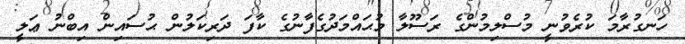
ހަނގުރާމަ ކުރެވުނީ މުސްލިމުންގެ ރަސޫލާ މުޙައްމަދުގެފާނުގެ ކާފަ ދަރިކަލުން ޙުސައިން އިބްނު ޢަލީ